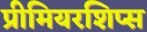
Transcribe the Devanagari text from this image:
प्रीमियरशिप्स